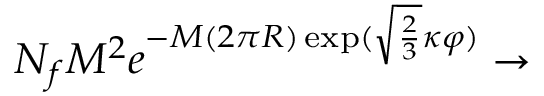
N _ { f } M ^ { 2 } e ^ { - M ( 2 \pi R ) \exp ( \sqrt { \frac 2 3 } \kappa \varphi ) } \rightarrow